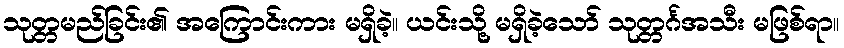
သုတ္တမည်ခြင်း၏ အကြောင်းကား မရှိခဲ့။ ယင်းသို့ မရှိခဲ့သော် သုတ္တင်္ဂအသီး မဖြစ်ရာ။